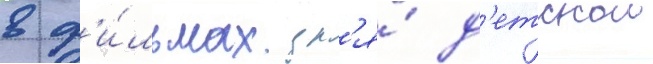
в ф'и́льмах дл'я́ д'етскои